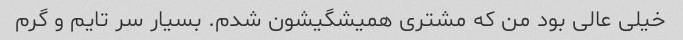
خیلی عالی بود من که مشتری همیشگیشون شدم. بسیار سر تایم و گرم